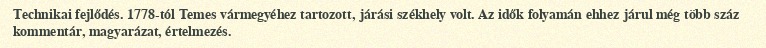
Technikai fejlődés. 1778-tól Temes vármegyéhez tartozott, járási székhely volt. Az idők folyamán ehhez járul még több száz kommentár, magyarázat, értelmezés.